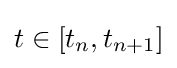
t\in \lbrack t_{n},t_{n+1}]